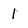
Character: 1